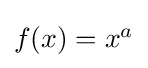
{\textstyle f(x)=x^{a}}